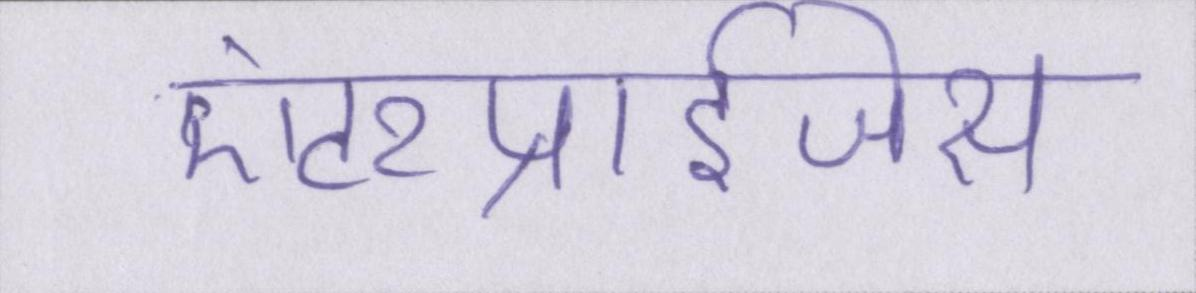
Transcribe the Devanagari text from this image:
एंटरप्राईजेस